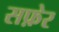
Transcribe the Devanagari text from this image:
सफ़ेर